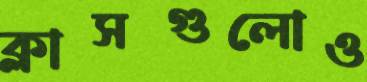
ক্লাসগুলোও